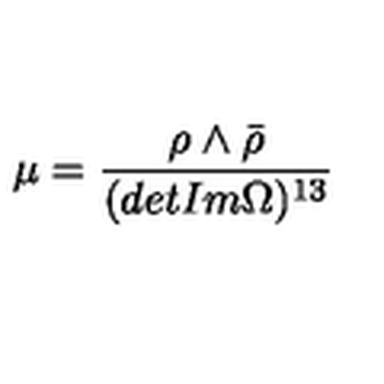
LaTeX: \mu = \frac { \rho \wedge \bar { \rho } } { ( d e t I m \Omega ) ^ { 1 3 } }